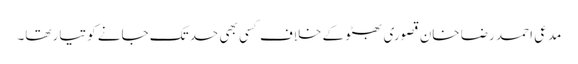
مدعی احمد رضا خان قصوری بھٹو کے خلاف کسی بھی حد تک جانے کو تیار تھا۔